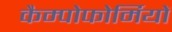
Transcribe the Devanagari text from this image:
कैम्पोफोर्मियों